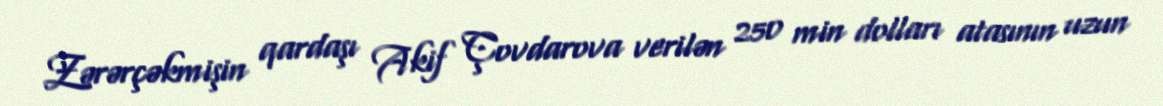
Zərərçəkmişin qardaşı Akif Çovdarova verilən 250 min dolları atasının uzun